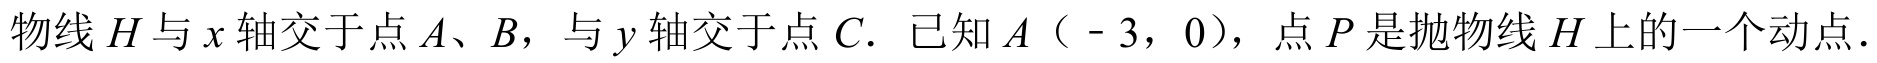
物线 \(H\) 与 \(x\) 轴交于点 \(A\)、\(B\)，与 \(y\) 轴交于点 \(C\)．已知 \(A（ - 3，0）\)，点 \(P\) 是抛物线 \(H\) 上的一个动点．